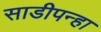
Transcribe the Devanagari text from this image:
साडीपन्हा